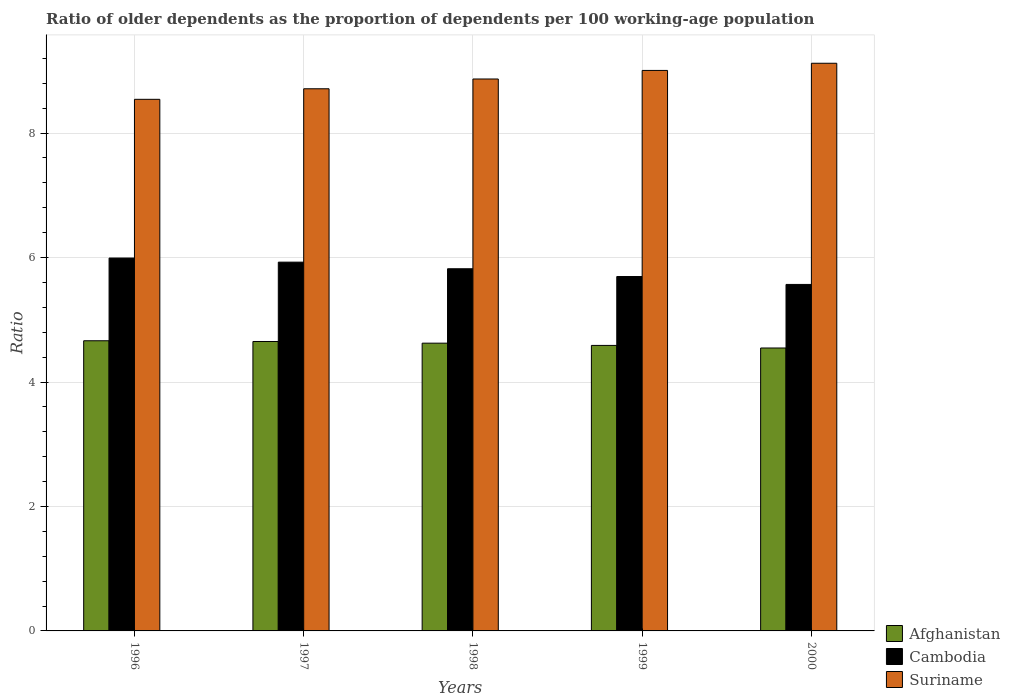
| Years | Afghanistan | Cambodia | Suriname |
 | --- | --- | --- | --- |
 | 1996 | 4.66 | 5.99 | 8.54 |
 | 1997 | 4.65 | 5.93 | 8.71 |
 | 1998 | 4.62 | 5.82 | 8.87 |
 | 1999 | 4.59 | 5.7 | 9.01 |
 | 2000 | 4.55 | 5.57 | 9.12 |